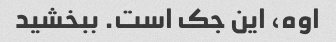
اوه، این جک است. ببخشید